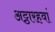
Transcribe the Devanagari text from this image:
अट्ठारहवां